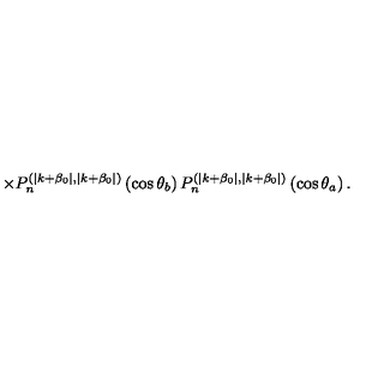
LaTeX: \times P _ { n } ^ { ( \mid k + \beta _ { 0 } \mid , \mid k + \beta _ { 0 } \mid ) } \left( \cos \theta _ { b } \right) P _ { n } ^ { ( \mid k + \beta _ { 0 } \mid , \mid k + \beta _ { 0 } \mid ) } \left( \cos \theta _ { a } \right) .